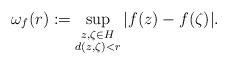
LaTeX: \begin{align*} \omega_f(r) := \sup_{\substack{z, \zeta\in H \\ d(z,\zeta)<r}} |f(z)-f(\zeta)|.\end{align*}